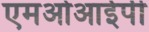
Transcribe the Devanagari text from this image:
एमओआईपी